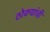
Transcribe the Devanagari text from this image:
ठोक्यांची